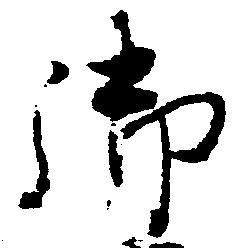
御